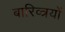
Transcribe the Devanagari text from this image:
बारिव्त्रयों